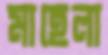
মাহেলা